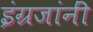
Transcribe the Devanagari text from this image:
इंग्रजांनीं